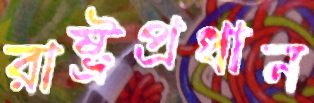
রাষ্ট্রপ্রধান